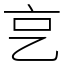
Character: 㐔